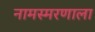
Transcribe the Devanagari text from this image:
नामस्मरणाला